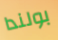
بولندا